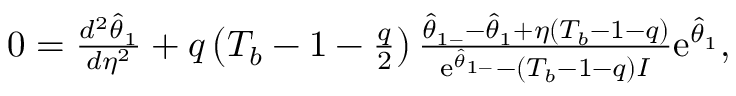
\begin{array} { r } { 0 = \frac { d ^ { 2 } \hat { \theta } _ { 1 } } { d \eta ^ { 2 } } + q \left( T _ { b } - 1 - \frac { q } { 2 } \right) \frac { \hat { \theta } _ { 1 - } - \hat { \theta } _ { 1 } + \eta ( T _ { b } - 1 - q ) } { \mathrm { e } ^ { \hat { \theta } _ { 1 - } } - ( T _ { b } - 1 - q ) I } \mathrm { e } ^ { \hat { \theta } _ { 1 } } , } \end{array}